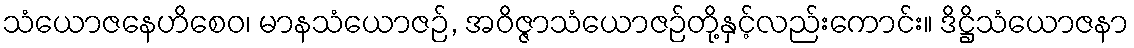
သံယောဇနေဟိစေဝ၊ မာနသံယောဇဉ်, အဝိဇ္ဇာသံယောဇဉ်တို့နှင့်လည်းကောင်း။ ဒိဋ္ဌိသံယောဇနာ